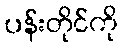
ပန်းတိုင်ကို